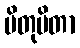
ပိတုပိတာ